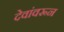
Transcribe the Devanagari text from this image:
देवांवरून